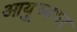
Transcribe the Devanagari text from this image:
आयु़्ष्यभर